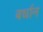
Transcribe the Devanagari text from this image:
बर्धान